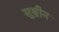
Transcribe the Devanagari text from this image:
सुव्रीन